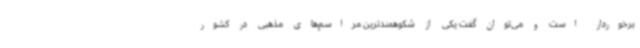
برخوردار است و می‌توان گفت یکی از شکوهمندترین مراسم‌های مذهبی در کشور